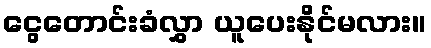
ငွေတောင်းခံလွှာ ယူပေးနိုင်မလား။